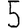
Digit: 5